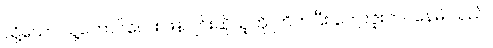
သို့သော် သူ့ကောင်လေး ဖန်ဂျင်းဆိုသူကို ကြိတ်ပြီး ကျေးဇူးတင်နေမိ သည်။